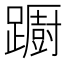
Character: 𨆼